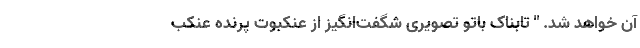
آن خواهد شد. " تابناک باتو تصویری شگفت‌انگیز از عنکبوت پرنده عنکب